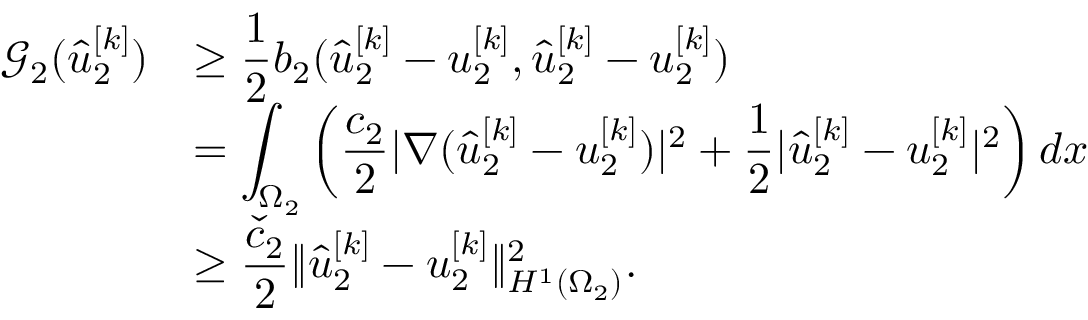
\begin{array} { r l } { \mathcal { G } _ { 2 } ( \hat { u } _ { 2 } ^ { [ k ] } ) } & { \displaystyle \geq \frac 1 2 b _ { 2 } ( \hat { u } _ { 2 } ^ { [ k ] } - u _ { 2 } ^ { [ k ] } , \hat { u } _ { 2 } ^ { [ k ] } - u _ { 2 } ^ { [ k ] } ) } \\ & { \displaystyle = \int _ { \Omega _ { 2 } } \left( \frac { c _ { 2 } } { 2 } | \nabla ( \hat { u } _ { 2 } ^ { [ k ] } - u _ { 2 } ^ { [ k ] } ) | ^ { 2 } + \frac 1 2 | \hat { u } _ { 2 } ^ { [ k ] } - u _ { 2 } ^ { [ k ] } | ^ { 2 } \right) d x } \\ & { \displaystyle \geq \frac { \check { c } _ { 2 } } { 2 } \lVert \hat { u } _ { 2 } ^ { [ k ] } - u _ { 2 } ^ { [ k ] } \rVert _ { H ^ { 1 } ( \Omega _ { 2 } ) } ^ { 2 } . } \end{array}